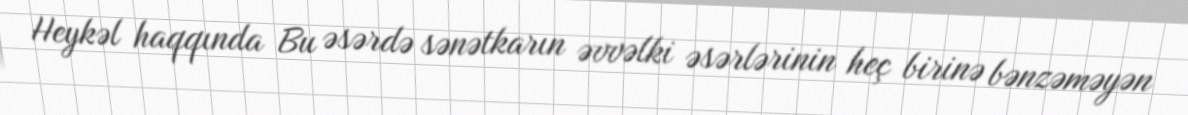
Heykəl haqqında Bu əsərdə sənətkarın əvvəlki əsərlərinin heç birinə bənzəməyən